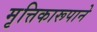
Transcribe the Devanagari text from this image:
मृत्तिकारूपाने